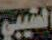
الشيبي